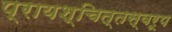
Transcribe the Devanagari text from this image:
प्रायश्चित्तस्वरूप